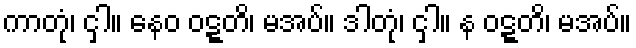
ကာတုံ၊ ငှါ။ နေဝ ဝဋ္ဋတိ၊ မအပ်။ ဒါတုံ၊ ငှါ။ န ဝဋ္ဋတိ၊ မအပ်။